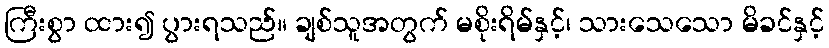
ကြီးစွာ ထား၍ ပွားရသည်။ ချစ်သူအတွက် မစိုးရိမ်နှင့်၊ သားသေသော မိခင်နှင့်